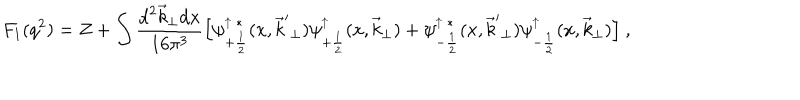
LaTeX: F _ { 1 } ( q ^ { 2 } ) = Z + \int \frac { { \mathrm d } ^ { 2 } { \vec { k } } _ { \perp } { \mathrm d } x } { 1 6 \pi ^ { 3 } } \Big [ \psi _ { + \frac { 1 } { 2 } } ^ { \uparrow \ * } ( x , { \vec { k } ^ { \prime } } _ { \perp } ) \psi _ { + \frac { 1 } { 2 } } ^ { \uparrow } ( x , { \vec { k } } _ { \perp } ) + \psi _ { - \frac { 1 } { 2 } } ^ { \uparrow \ * } ( x , { \vec { k } ^ { \prime } } _ { \perp } ) \psi _ { - \frac { 1 } { 2 } } ^ { \uparrow } ( x , { \vec { k } } _ { \perp } ) \Big ] \ ,